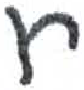
אות: ח